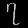
Digit: ၇